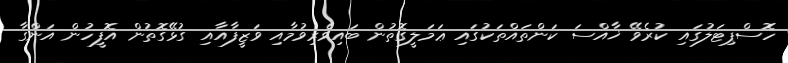
ހޮސްޕިޓަލުގައި ކުރެވޭ ޚާއްސަ ކަންތައްތަކުގައި ޢަމަލީގޮތުން ބައިވެރިވުމާއި ވަޒީފާއާއި ގުޅޭގޮތުން އޮފީހުން އަންގާ